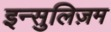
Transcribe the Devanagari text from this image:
इन्सुलिज़म